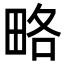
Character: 略